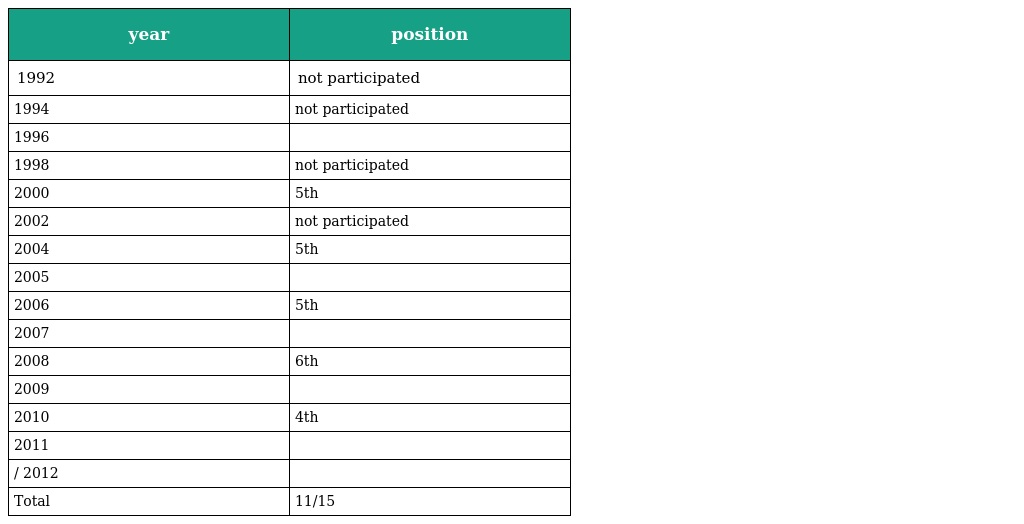
| year | position |
 | --- | --- |
 | 1992 | not participated |
 | 1994 | not participated |
 | 1996 |  |
 | 1998 | not participated |
 | 2000 | 5th |
 | 2002 | not participated |
 | 2004 | 5th |
 | 2005 |  |
 | 2006 | 5th |
 | 2007 |  |
 | 2008 | 6th |
 | 2009 |  |
 | 2010 | 4th |
 | 2011 |  |
 | / 2012 |  |
 | Total | 11/15 |